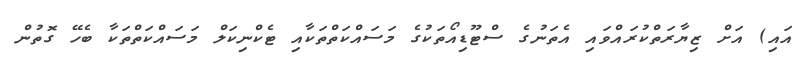
އައި) އަށް ޒިޔާރަތްކުރައްވައި އެތަނުގެ ސްޓޫޑިއޯތަކުގެ މަސައްކަތްތަކާއި ޓެކްނިކަލް މަސައްކަތްތަކާ ބެހޭ ގޮތުން